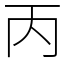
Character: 丙